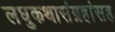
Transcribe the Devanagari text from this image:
लघुकथासंग्रहांसह